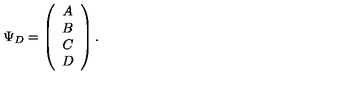
\Psi _ { D } = \left( \begin{array} { c } { A } \\ { B } \\ { C } \\ { D } \\ \end{array} \right) .